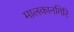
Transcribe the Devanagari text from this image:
मालकानगिरि